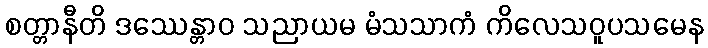
စတ္တာနီတိ ဒဿေန္တာဝ သညာယမ မံသသာကံ ကိလေသဝူပသမေန